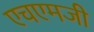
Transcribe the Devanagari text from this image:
एचएमजी